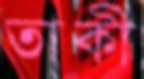
তাকী